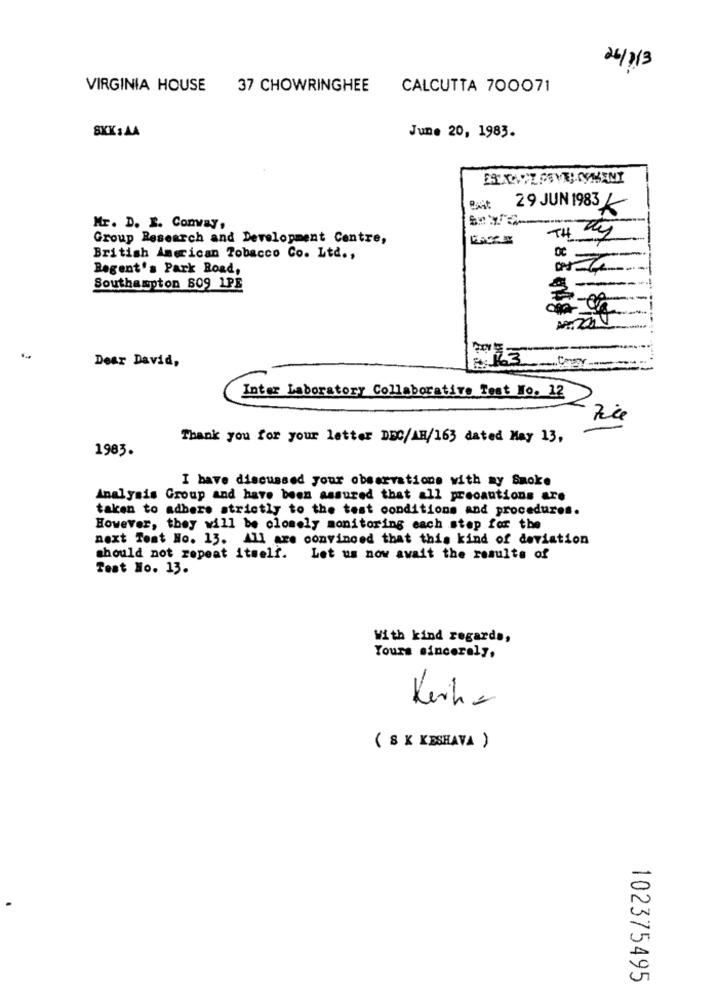
26/2/3
VIRGINIA HOUSE
37 CHOWRINGHEE
CALCUTTA 700071
SKK: AA
June 20, 1983.
EREXACT SOVIEL CYMANY
Bait
29 JUN 1983 K
Mr. D. E. Comray,
Group Research and Development Centre,
TH Ry
British American Tobacco Co. Ltd .,
Regent's Park Road,
Southampton 809 1PE
Dear David,
Inter Laboratory Collaborative Test No. 12
Thank you for your letter DEC/AH/163 dated May 13,
1983.
I have discussed your observations with ay Smoke
Analysis Group and have been assured that all precautions are
taken to adhere strictly to the test conditions and procedures.
However, they will be closely monitoring each step for the
next Test No. 13. All are convinced that this kind of deviation
should not repeat itself.
Let us now avait the results of
Test Ho. 13.
With kind regards,
Yours sincerely.
Keine
( 8 K KESHAVA )
102375495